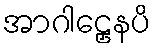
အာဂါဠှေနပိ